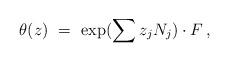
LaTeX: \begin{align*} \theta(z) \ = \ \exp(\sum z_j N_j)\cdot F \,,\end{align*}